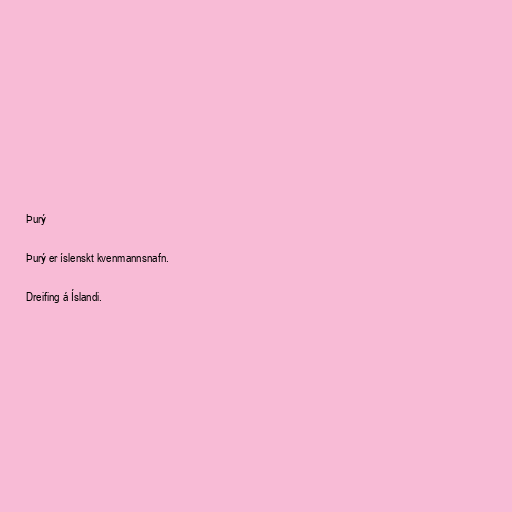
Þurý

Þurý er íslenskt kvenmannsnafn.

Dreifing á Íslandi.